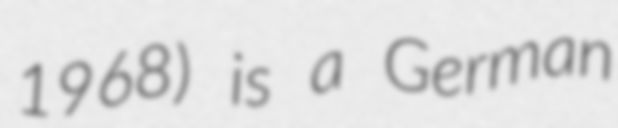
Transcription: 1968) is a German